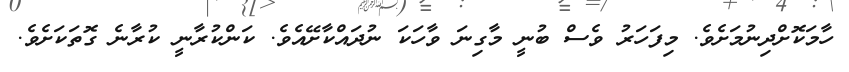
ހާމަކޮށްދިނުމަށެވެ. މިފަހަރު ވެސް ބުނީ މާގިނަ ވާހަކަ ނުދައްކާށޭއެވެ. ކަންކުރާނީ ކުރާނެ ގޮތަކަށެވެ.